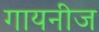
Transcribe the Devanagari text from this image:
गायनीज